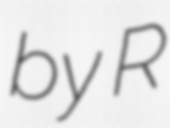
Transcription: by R